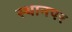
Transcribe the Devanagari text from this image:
स्‍थानपर